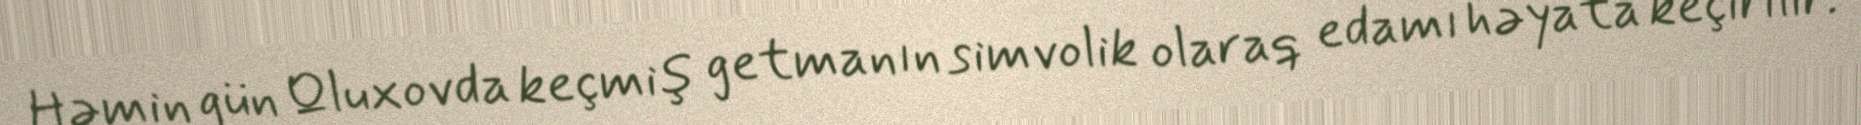
Həmin gün Qluxovda keçmiş getmanın simvolik olaraq edamı həyata keçirilir.